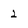
Character: 2